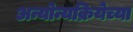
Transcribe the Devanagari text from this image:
अन्योन्यक्रियेच्या